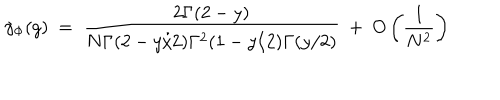
\gamma _ { \Phi } ( g ) ~ = ~ \frac { 2 \Gamma ( 2 - y ) } { N \Gamma ( 2 - y / 2 ) \Gamma ^ { 2 } ( 1 - y / 2 ) \Gamma ( y / 2 ) } ~ + ~ O \left( \frac { 1 } { N ^ { 2 } } \right)